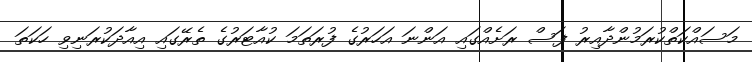
މަސައްކަތްކުރަމުންދާއިރު ފަސް ރަށެއްގައި އަންނަ އަހަރުގެ ފުރަތަމަ ކުއާޓަރުގެ ތެރޭގައި އިއާދަކުރަނިވި ހަކަތަ